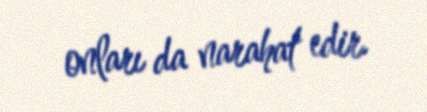
onları da narahat edir.